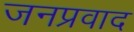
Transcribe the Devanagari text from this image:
जनप्रवाद